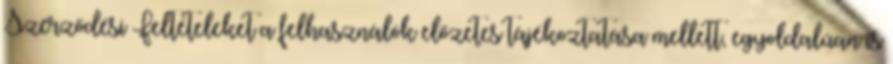
Szerződési Feltételeket a felhasználók előzetes tájékoztatása mellett, egyoldalúan is